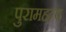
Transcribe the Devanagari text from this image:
पुरामहत्व